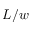
L / w